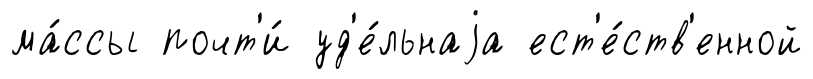
ма́ссы почт'и́ уд'е́льнаjа ест'е́ств'енной